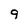
Character: g